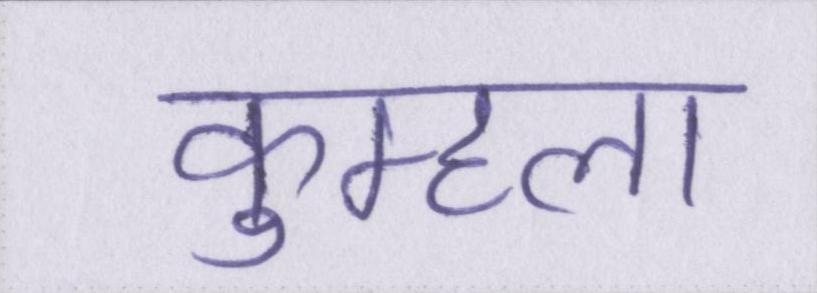
कुम्हला